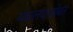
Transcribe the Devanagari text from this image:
मंत्रालयासोबत